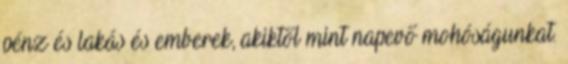
pénz és lakás és emberek, akiktől mint napevő mohóságunkat.